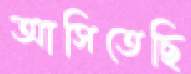
আসিতেছি